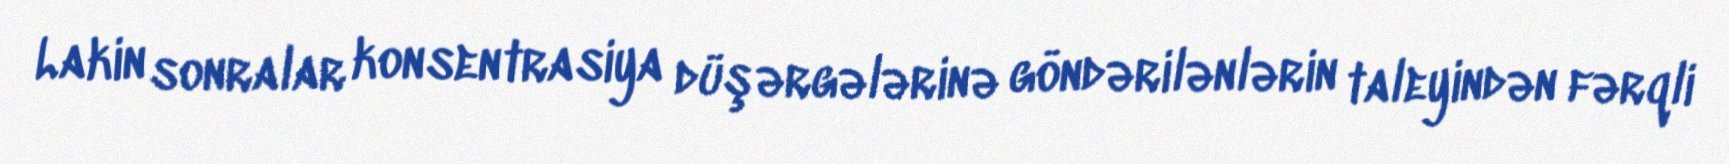
Lakin sonralar konsentrasiya düşərgələrinə göndərilənlərin taleyindən fərqli